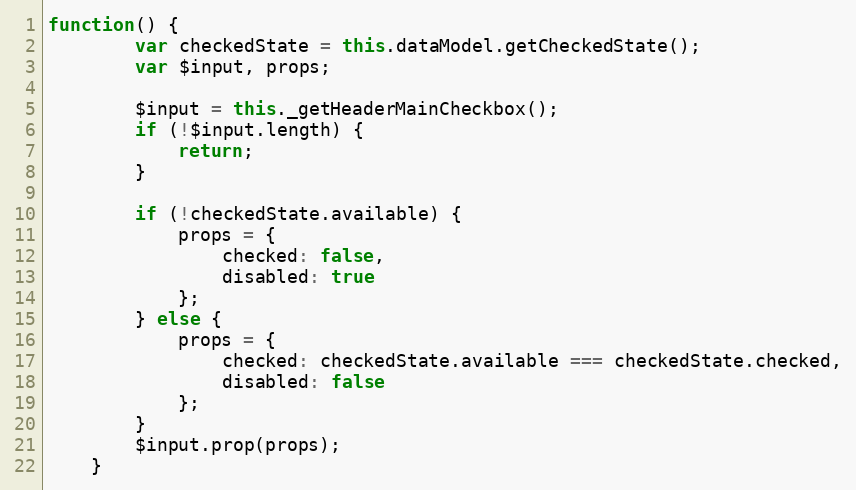
Language: JavaScript
function() {
        var checkedState = this.dataModel.getCheckedState();
        var $input, props;

        $input = this._getHeaderMainCheckbox();
        if (!$input.length) {
            return;
        }

        if (!checkedState.available) {
            props = {
                checked: false,
                disabled: true
            };
        } else {
            props = {
                checked: checkedState.available === checkedState.checked,
                disabled: false
            };
        }
        $input.prop(props);
    }